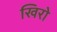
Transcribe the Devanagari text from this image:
खिरो